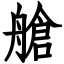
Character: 艙